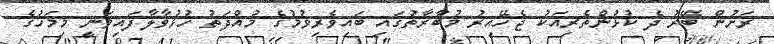
ރަށުން ބޭރު ދެ ކުޅުންތެރިއަކު ޖެހޭއިރު މުބާރާތުގައި ބައިވެރިވުމުގެ މުއްދަތު ހުޅުވާލާފައިވަނީ މިމަހުގެ